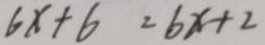
6 x + 6 = 6 x + 2